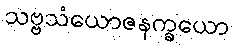
သဗ္ဗသံယောဇနက္ခယော